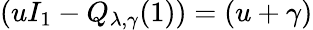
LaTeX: \left(uI_{1}-Q_{\lambda,\gamma}(1)\right)=(u+\gamma)